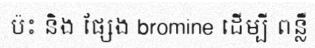
ប៉ះ និង ផ្សែង bromine ដើម្បី ពន្លឺ